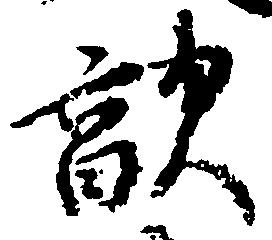
敵